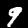
Label: 9